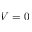
V = 0